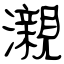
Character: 瀙